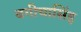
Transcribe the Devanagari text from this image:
बगीचासिंह